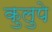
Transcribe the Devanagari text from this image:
कुलुपे